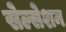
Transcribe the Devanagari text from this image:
सेल्सेशन